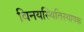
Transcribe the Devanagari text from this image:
विनयस्थितिस्थापक